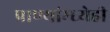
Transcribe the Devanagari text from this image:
प्राण्यांम्ध्येही